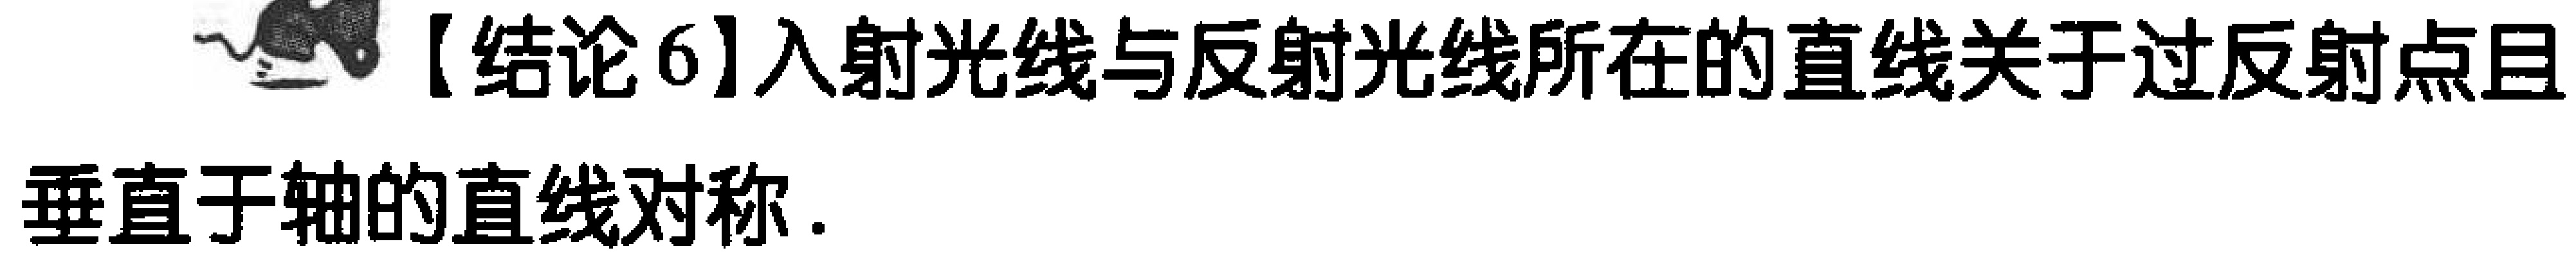
【结论6】入射光线与反射光线所在的直线关于过反射点且垂直于轴的直线对称.